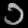
Digit: ၁